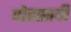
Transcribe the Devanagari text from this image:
पोरसाची